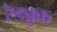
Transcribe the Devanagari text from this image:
रेडब्रुक